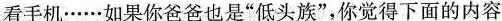
看手机……如果你爸爸也是”低头族”，你觉得下面的内容